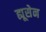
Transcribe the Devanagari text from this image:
ह्यूसेन